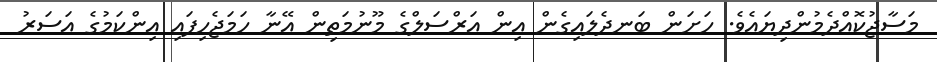
މަސާޖުކޮއްދެމުންދިޔައެވެ. ހަށަން ބަނދެލައިގެން އިން އަރްސަލްގެ މޫނުމަތިން އޭނާ ހަމަޖެހިފައި އިންކަމުގެ އަސަރު